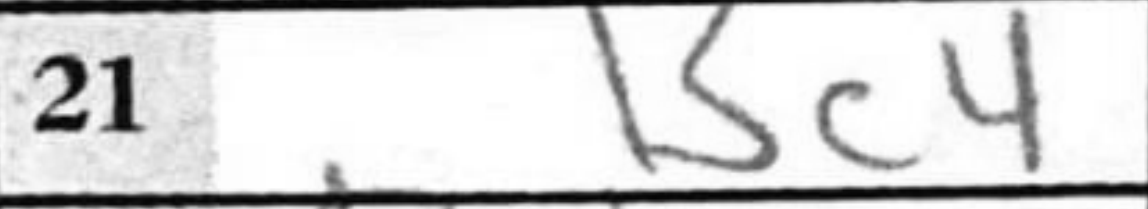
Transcription: Bc4